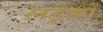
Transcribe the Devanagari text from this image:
लड्कों